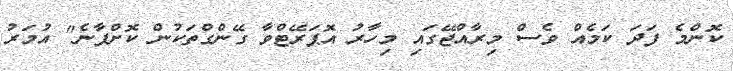
ކޮންމެ ފަދަ ކަމެއް ވެސް މިރާއްޖޭގައި މިހާރު އޮޕަރޭޓްވާ ގޭންގްތަކުން ކޮށްފާނެ" އުމަރު